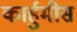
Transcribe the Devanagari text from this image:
कार्हुमीस